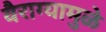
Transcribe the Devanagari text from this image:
वैराग्यामुळे